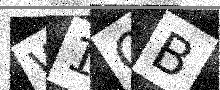
Text: W1QB